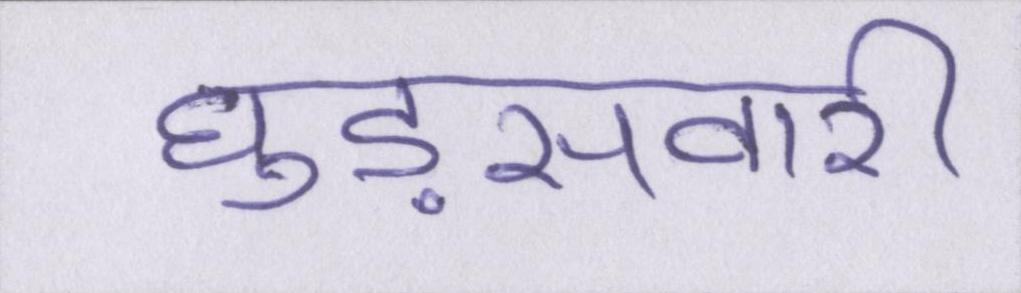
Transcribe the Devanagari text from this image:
घुड़सवारी